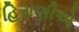
હિરાણીએ